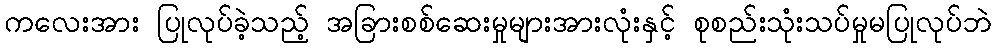
ကလေးအား ပြုလုပ်ခဲ့သည့် အခြားစစ်ဆေးမှုများအားလုံးနှင့် စုစည်းသုံးသပ်မှုမပြုလုပ်ဘဲ